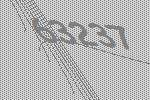
63237